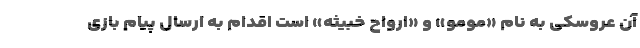
آن عروسکی به نام «مومو» و «ارواح خبیثه» است اقدام به ارسال پیام بازی